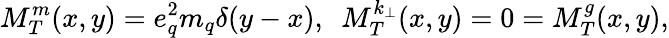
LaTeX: M_{T}^{m}(x,y)=e_{q}^{2}m_{q}\delta(y-x),~~M_{T}^{k_{\bot}}(x,y)=0=M_{T}^{g}(x,y),